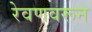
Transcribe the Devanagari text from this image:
रेवणवरून